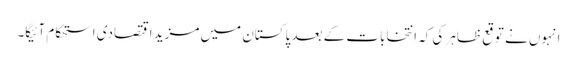
انہوں نے توقع ظاہر کی کہ انتخابات کے بعد پاکستان میں مزید اقتصادی استحکام آئیگا۔